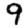
Digit: 9